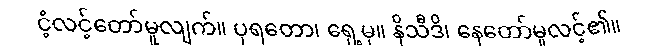
ငံ့လင့်တော်မူလျက်။ ပုရတော၊ ရှေ့မှ။ နိသီဒိ၊ နေတော်မူလင့်၏။